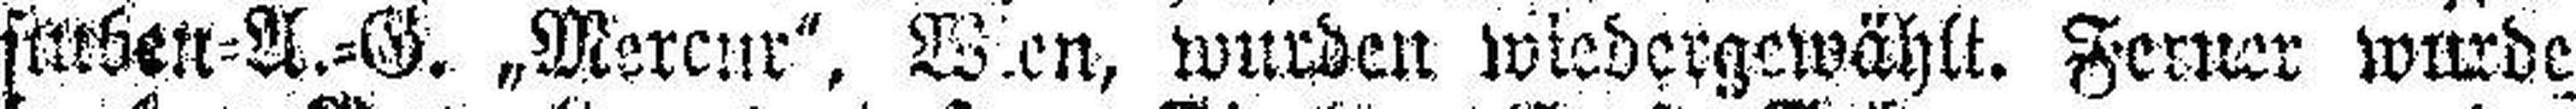
stuben=A.=G. „Mercur". Wien, wurden wiedergewählt. Ferner wurde